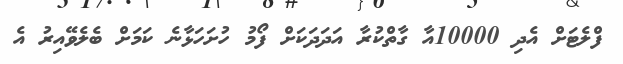
ފްލެޓަށް އެދި 10000އާ ގާތްކުރާ އަދަދަކަށް ފޯމު ހުށަހަޅާނެ ކަމަށް ބެލެވޭއިރު އެ